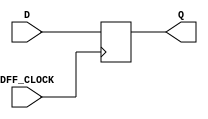
`timescale 1ns / 1ps

module my_dff(input DFF_CLOCK, D, output reg Q = 0);
    
    always @ (posedge DFF_CLOCK) begin
        Q <= D;
    end

endmodule